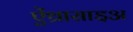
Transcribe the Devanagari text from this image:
ऐंथ्रासाइअ